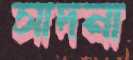
সাদনা